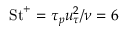
\mathrm { S t } ^ { + } = \tau _ { p } u _ { \tau } ^ { 2 } / \nu = 6